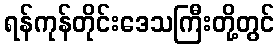
ရန်ကုန်တိုင်းဒေသကြီးတို့တွင်